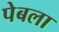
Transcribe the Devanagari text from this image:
पेबला